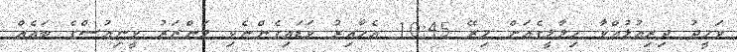
ވަހީދު ދިރިއުޅުއްވާ ހިލާލީގެއަށް މިރޭ 10:45 އެހާއިރު ވަޑައިގެންނެވި މަންޒަރު ވީނިއުސްގެ ބައެއް